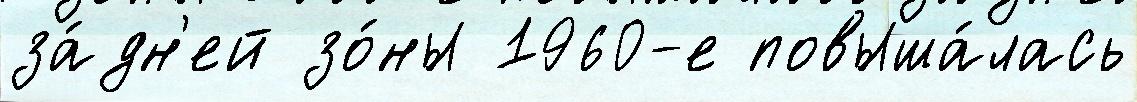
за́дн'ей зо́ны 1960-е повыша́лась